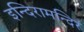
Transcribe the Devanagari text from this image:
इन्दिरामन्दिरं